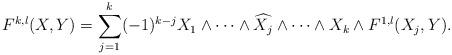
LaTeX: \begin{align*}F^{k,l}(X,Y)=\sum_{j=1}^k (-1)^{k-j} X_1\wedge \cdots \wedge \widehat{X_j}\wedge \cdots \wedge X_k\wedge F^{1,l}(X_j,Y).\end{align*}